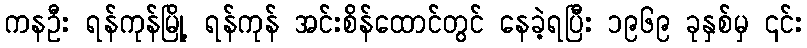
ကနဦး ရန်ကုန်မြို့ ရန်ကုန် အင်းစိန်ထောင်တွင် နေခဲ့ရပြီး ၁၉၆၉ ခုနှစ်မှ ၎င်း